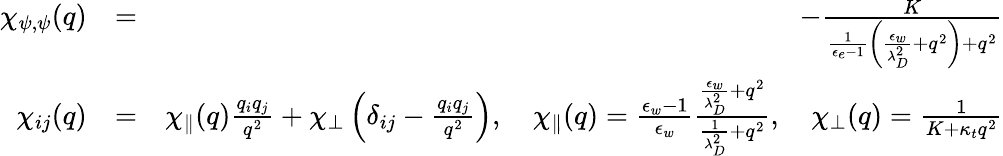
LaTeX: \begin{array}{rlr}{\chi_{\psi,\psi}(q)}&{=}&{-\frac{K}{\frac{1}{\epsilon_{e}-1}\left(\frac{\epsilon_{w}}{\lambda_{D}^{2}}+q^{2}\right)+q^{2}}}\\ {\chi_{ij}(q)}&{=}&{\chi_{\parallel}(q)\frac{q_{i}q_{j}}{q^{2}}+\chi_{\perp}\left(\delta_{ij}-\frac{q_{i}q_{j}}{q^{2}}\right),\quad\chi_{\parallel}(q)=\frac{\epsilon_{w}-1}{\epsilon_{w}}\frac{\frac{\epsilon_{w}}{\lambda_{D}^{2}}+q^{2}}{\frac{1}{\lambda_{D}^{2}}+q^{2}},\quad\chi_{\perp}(q)=\frac{1}{K+\kappa_{t}q^{2}}}\end{array}